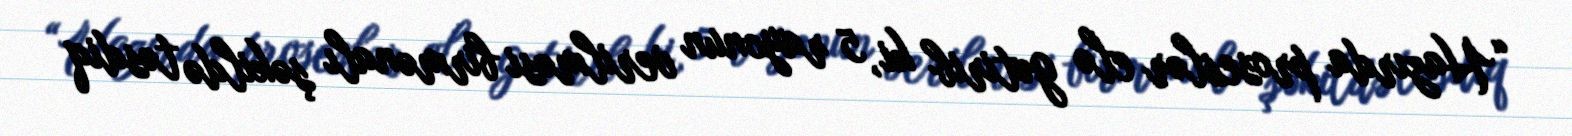
“Hazırda proseslər elə gətirib ki, 5 rayonun verilməsi birmənalı şəkildə təsdiq